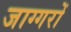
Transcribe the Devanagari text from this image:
जाग्गरों